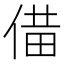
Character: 𪝌